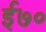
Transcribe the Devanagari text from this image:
ई७०